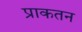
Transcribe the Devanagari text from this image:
प्राकतन